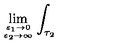
\lim _ { { \varepsilon _ { 1 } \to 0 } \atop { \varepsilon _ { 2 } \to \infty } } \int _ { \tau _ { 2 } }